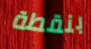
بنقطة